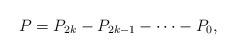
LaTeX: \begin{align*}P=P_{2k}-P_{2k-1}- \cdots -P_{0},\ \end{align*}